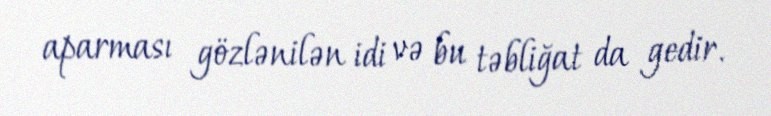
aparması gözlənilən idi və bu təbliğat da gedir.